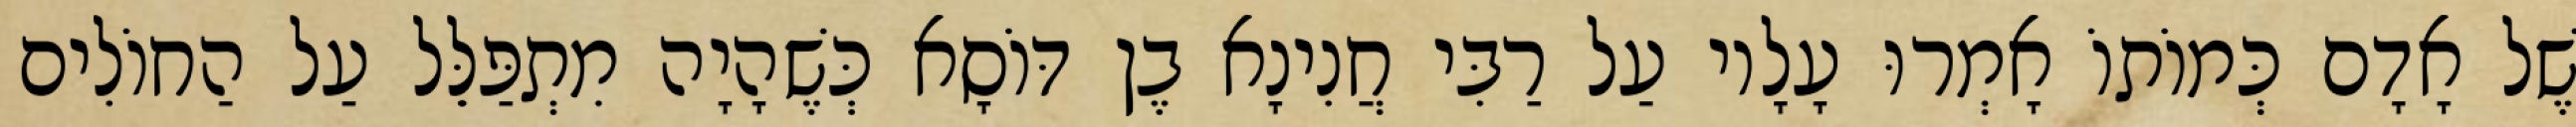
שֶׁל אָדָם כְּמוֹתוֹ אָמְרוּ עָלָיו עַל רַבִּי חֲנִינָא בֶן דּוֹסָא כְּשֶׁהָיָה מִתְפַּלֵּל עַל הַחוֹלִים